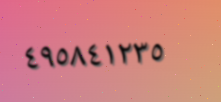
٤٩٥٨٤١٢٣٥